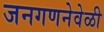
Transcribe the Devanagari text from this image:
जनगणनेवेळी